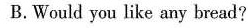
B.Would you like any bread?